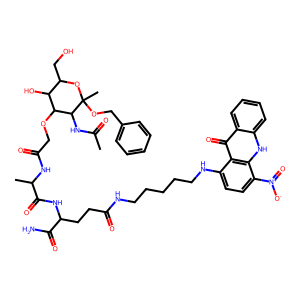
SMILES: CC(=O)NC1C(OCC(=O)NC(C)C(=O)NC(CCC(=O)NCCCCCNc2ccc([N+](=O)[O-])c3[nH]c4ccccc4c(=O)c23)C(N)=O)C(O)C(CO)OC1(C)OCc1ccccc1
Inhibits HIV replication: No